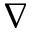
\nabla